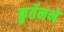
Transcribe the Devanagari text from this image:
कुर्तेनने